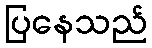
ပြနေသည်